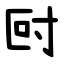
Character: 尀